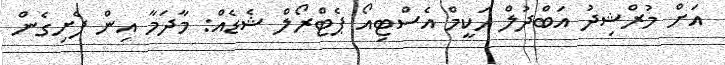
އަށް މުރްޝިދު އަބްދުލް ހަކީމް އެސްޓިއޯ ޕެޓްރޯލް ޝެޑެއް: މާދަމާ އިން ފެށިގެން